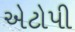
એટોપી